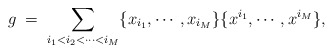
\begin{align*}g\;=\;\sum_{i_1<i_2<\cdots<i_M}\{ x_{i_1} ,\cdots, x_{i_M}\}\{x^{i_1}, \cdots, x^{i_M}\},\end{align*}